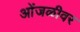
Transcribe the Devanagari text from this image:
ओंजळीवर